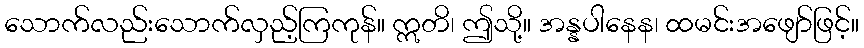
သောက်လည်းသောက်လှည့်ကြကုန်။ ဣတိ၊ ဤသို့။ အန္နပါနေန၊ ထမင်းအဖျော်ဖြင့်။